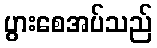
ပွားစေအပ်သည်